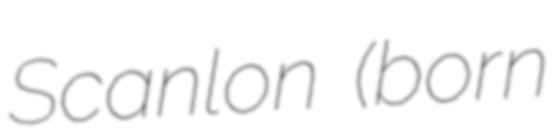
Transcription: Scanlon (born